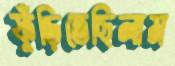
ফুঁড়িতেছিলাম